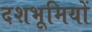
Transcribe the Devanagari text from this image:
दशभूमियों